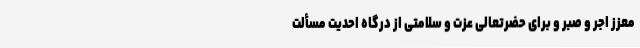
معزز اجر و صبر و برای حضرتعالی عزت و سلامتی از درگاه احدیت مسألت